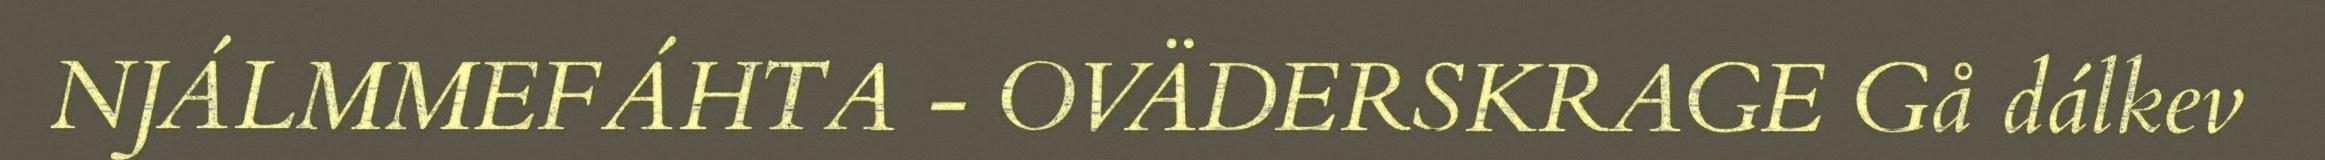
NJÁLMMEFÁHTA - OVÄDERSKRAGE Gå dálkev